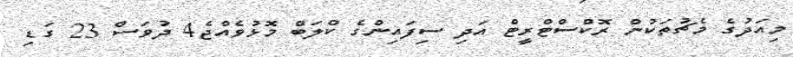
މިއަދުގެ މެޗުތަކުން ރޮކްސްޓްރީޓް އަދި ސިފައިންގެ ކްލަބް މޮޅުވެއްޖެ4 ދުވަސް 23 ގަޑި